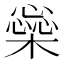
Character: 橤